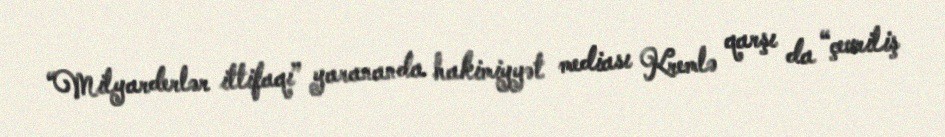
“Milyarderlər ittifaqı” yarananda hakimiyyət mediası Kremlə qarşı da “çevriliş